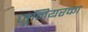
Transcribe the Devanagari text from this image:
जूनियरका